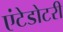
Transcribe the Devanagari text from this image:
एंटेडोटरी